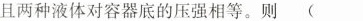
且两种液体对容器底的压强相等。则()